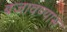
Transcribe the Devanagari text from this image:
बजावण्यास